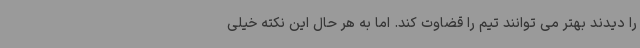
را دیدند بهتر می توانند تیم را قضاوت کند. اما به هر حال این نکته خیلی